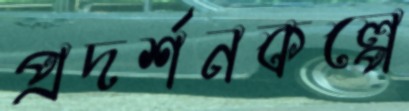
প্রদর্শনকল্পে